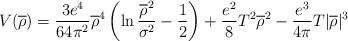
LaTeX: \begin{align*}V(\overline{\rho})=\frac{3e^{4}}{64\pi^{2}}\overline{\rho}^{4}\left(\ln\frac{\overline{\rho}^{2}}{\sigma^{2}}-\frac{1}{2}\right)+\frac{e^{2}}{8}T^{2}\overline{\rho}^{2}-\frac{e^{3}}{4\pi}T|\overline{\rho}|^{3}\end{align*}